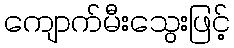
ကျောက်မီးသွေးဖြင့်